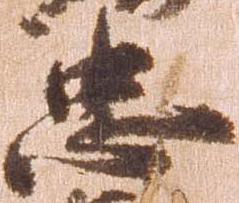
忠